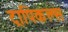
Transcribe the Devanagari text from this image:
ट्रापिकल्स